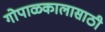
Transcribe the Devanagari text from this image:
गोपाळकालासाठी